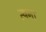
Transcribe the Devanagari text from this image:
त्यना